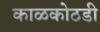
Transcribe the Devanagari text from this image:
काळकोठडी